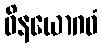
ဝိနယောဂဓံ